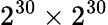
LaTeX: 2^{30}\times 2^{30}